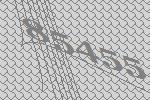
85455